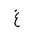
Letter: _gayn